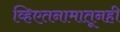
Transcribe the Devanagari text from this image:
व्हिएतनामातूनही